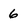
Character: 6